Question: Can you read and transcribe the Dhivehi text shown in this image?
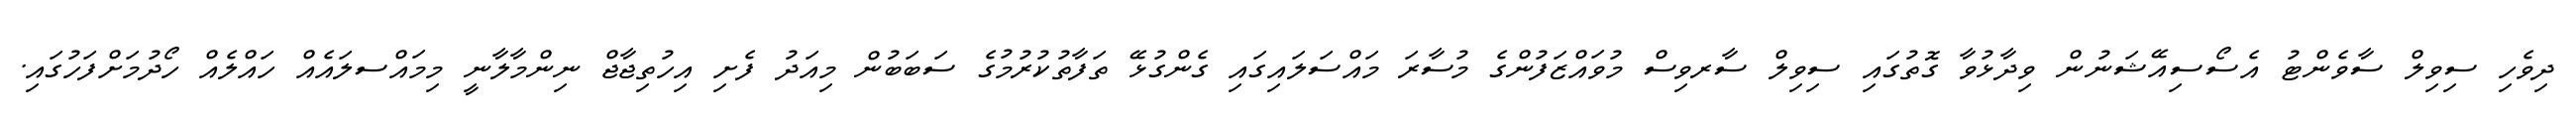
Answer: ދިވެހި ސިވިލް ސާވެންޓު އެސޯސިއޭޝަނުން ވިދާޅުވާ ގޮތުގައި ސިވިލް ސާރވިސް މުވައްޒަފުންގެ މުސާރަ މައްސަލައިގައި ގެންގުޅޭ ތަފާތުކުރުމުގެ ސަބަބުން މިއަދު ފެށި އިހުތިޖާޖް ނިންމާލާނީ މިމައްސލައެއް ހައްލެއް ހޯދުމަށްފަހުގައި.